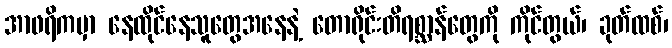
အာဖရိကမှာ နေထိုင်နေသူတွေအနေနဲ့ တောရိုင်းတိရစ္ဆာန်တွေကို ကိုင်တွယ်၊ ခုတ်ထစ်၊